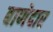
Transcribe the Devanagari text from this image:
बाणेदार